Leprosy in India: report of the Leprosy Commission in India, 1890-91
Year: 1890
Disease focus: Leprosy
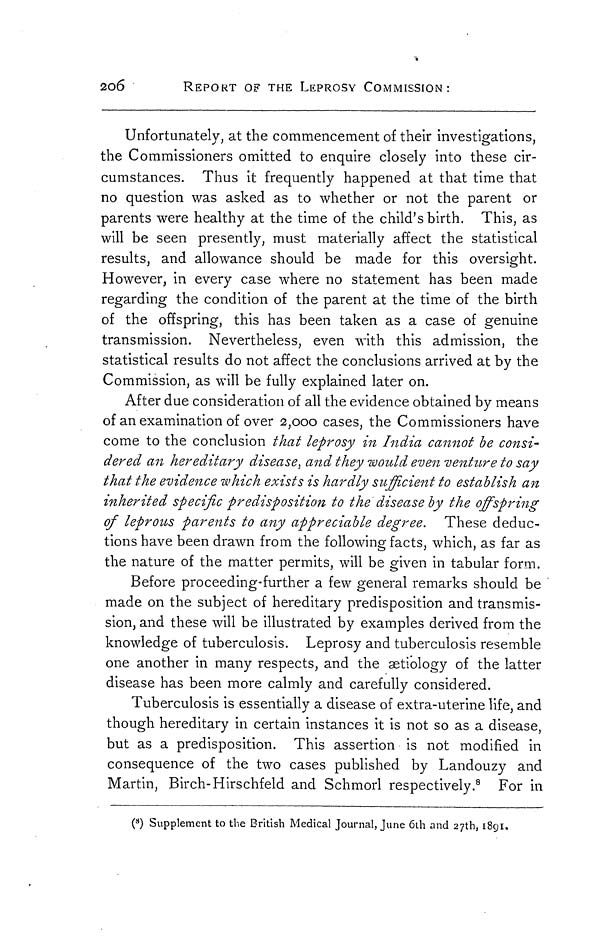
2o6
REPORT OF THE LEPROSY COMMISSION:
Unfortunately, at the commencement of their investigations,
the Commissioners omitted to enquire closely into these cir-
cumstances. Thus it frequently happened at that time that
no question was asked as to whether or not the parent or
parents were healthy at the time of the child's birth. This, as
will be seen presently, must materially affect the statistical
results, and allowance should be made for this oversight.
However, in every case where no statement has been made
regarding the condition of the parent at the time of the birth
of the offspring, this has been taken as a case of genuine
transmission. Nevertheless, even with this admission, the
statistical results do not affect the conclusions arrived at by the
Commission, as will be fully explained later on.
After due consideration of all the evidence obtained by means
of an examination of over 2,000 cases, the Commissioners have
come to the conclusion that leprosy in India cannot be consi-
dered an hereditary disease', and they would even venture to say
that the evidence 'which exists is hardly sufficient to establish an
inherited specific predisposition to the disease by the offspring
of leprous parents to any appreciable degree. These deduc-
tions have been drawn from the following facts, which, as far as
the nature of the matter permits, will be given in tabular form.
Before proceeding-further a few general remarks should be
made on the subject of hereditary predisposition and transmis-
sion, and these will be illustrated by examples derived from the
knowledge of tuberculosis. Leprosy and tuberculosis resemble
one another in many respects, and the aetiology of the latter
disease has been more calmly and carefully considered.
Tuberculosis is essentially a disease of extra-uterine life, and
though hereditary in certain instances it is not so as a disease,
but as a predisposition. This assertion is not modified in
consequence of the two cases published by Landouzy and
Martin, Birch-Hirschfeld and Schmorl respectively. 8 For in
( 8 ) Supplement to the British Medical Journal, June 6th and 27th, 1891.